Annual report of the Madras Medical College
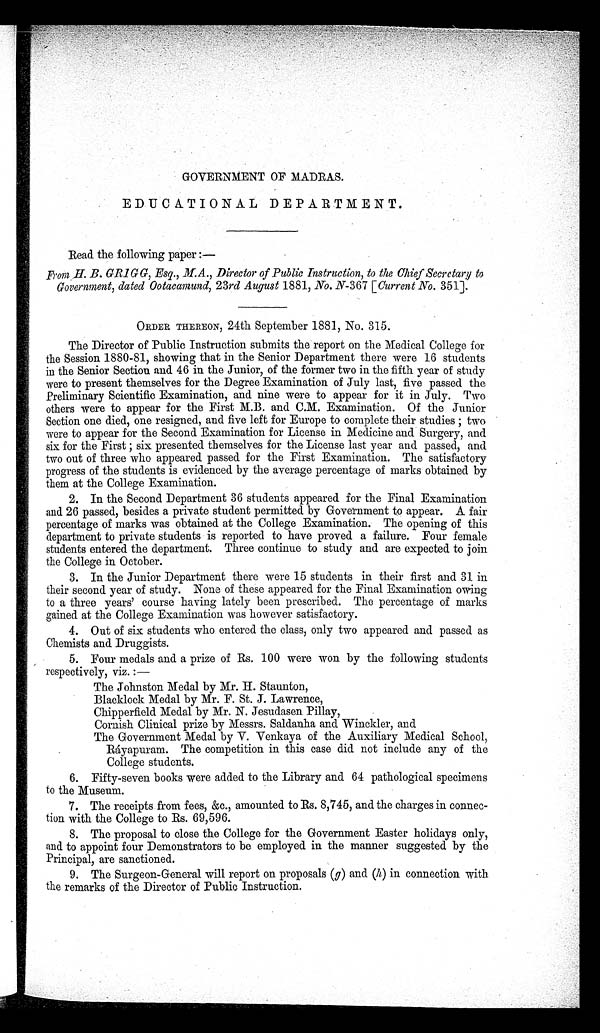
GOVERNMENT OF MADRAS.
EDUCATIONAL DEPARTMENT.
Read the following paper:—
From H. B. GRIGG, Esq., M.A., Director of Public Instruction, to the Chief Secretary to
Government, dated Ootacamund, 23rd August 1881, No. N-367 [ Current No. 351].
ORDER THEREON, 24th September 1881, No. 315.
The Director of Public Instruction submits the report on the Medical College for
the Session 1880-81, showing that in the Senior Department there were 16 students
in the Senior Section and 46 in the Junior, of the former two in the fifth year of study
were to present themselves for the Degree Examination of July last, five passed the
Preliminary Scientific Examination, and nine were to appear for it in July. Two
others were to appear for the First M.B. and C.M. Examination. Of the Junior
Section one died, one resigned, and five left for Europe to complete their studies; two
were to appear for the Second Examination for License in Medicine and Surgery, and
s i x f or t he Fi r s t ; s i x pr es ent ed t hems el ves f or t he Li cens e l as t year and pas s ed, and
two out of three who appeared passed for the First Examination. The satisfactory
progress of the students is evidenced by the average percentage of marks obtained by
them at the College Examination.
2. In the Second Department 36 students appeared for the Final Examination
and 26 passed, besides a private student permitted by Government to appear. A fair
percentage of marks was obtained at the College Examination. The opening of this
department to private students is reported to have proved a failure. Four female
students entered the department. Three continue to study and are expected to join
the College in October.
3. In the Junior Department there were 15 students in their first and 31 in
their second year of study. None of these appeared for the Final Examination owing
to a three years' course having lately been prescribed. The percentage of marks
gained at the College Examination was however satisfactory.
4. Out of six students who entered the class, only two appeared and passed as
Chemists and Druggists.
5. Four medals and a prize of Rs. 100 were won by the following students
respectively, viz.:—
The Johnston Medal by Mr. H. Staunton,
Blacklock Medal by Mr. F. St. J. Lawrence,
Chipperfield Medal by Mr. N. Jesudasen Pillay,
Cornish Clinical prize by Messrs. Saldanha and Winckler, and
The Government Medal by V. Venkaya of the Auxiliary Medical School,
R á y a p u r a m . T h e c o m p e t i t i o n i n t h i s c a s e d i d n o t i n c l u d e a n y o f t h e
College students.
6. Fifty-seven books were added to the Library and 64 pathological specimens
to the Museum.
7. The receipts from fees, &c., amounted to Rs. 8,745, and the charges in connec-
tion with the College to Rs. 69,596.
8. The proposal to close the College for the Government Easter holidays only,
and to appoint four Demonstrators to be employed in the manner suggested by the
Principal, are sanctioned.
9. The Surgeon-General will report on proposals (g ) and (h) in connection with
the remarks of the Director of Public Instruction.